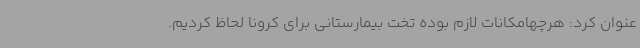
عنوان کرد: هرچهامکانات لازم بوده تخت بیمارستانی برای کرونا لحاظ کردیم.